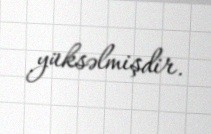
yüksəlmişdir.